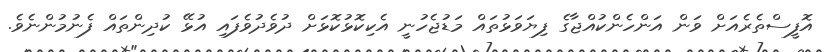
އޮފީސްތެރެއަށް ވަން އަންހެންކުއްޖާގެ ފިޔަވަޅުތައް މަޑުޖެހުނީ އެކިކޮޅުކޮޅަށް ދުވެދުވެފައި އުޅޭ ކުދިންތައް ފެނުމުންނެވެ.